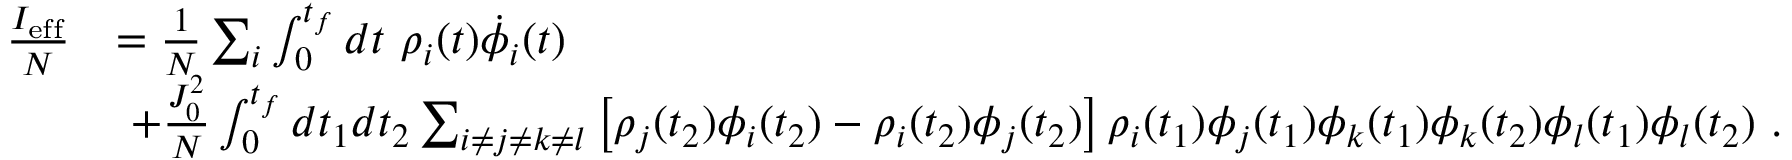
\begin{array} { r l } { \frac { I _ { \mathrm { e f f } } } { N } } & { = \frac { 1 } { N } \sum _ { i } \int _ { 0 } ^ { t _ { f } } d t \ \rho _ { i } ( t ) \dot { \phi } _ { i } ( t ) } \\ & { \ + \frac { J _ { 0 } ^ { 2 } } { N } \int _ { 0 } ^ { t _ { f } } d t _ { 1 } d t _ { 2 } \sum _ { i \neq j \neq k \neq l } \left[ \rho _ { j } ( t _ { 2 } ) \phi _ { i } ( t _ { 2 } ) - \rho _ { i } ( t _ { 2 } ) \phi _ { j } ( t _ { 2 } ) \right] \rho _ { i } ( t _ { 1 } ) \phi _ { j } ( t _ { 1 } ) \phi _ { k } ( t _ { 1 } ) \phi _ { k } ( t _ { 2 } ) \phi _ { l } ( t _ { 1 } ) \phi _ { l } ( t _ { 2 } ) ~ . } \end{array}